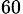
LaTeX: _{60}